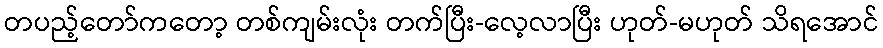
တပည့်တော်ကတော့ တစ်ကျမ်းလုံး တက်ပြီး-လေ့လာပြီး ဟုတ်-မဟုတ် သိရအောင်